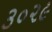
૩૦૨૯